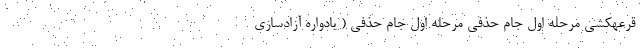
قرعهکشی مرحله اول جام حذفی مرحله اول جام حذفی ( یادواره آزادسازی